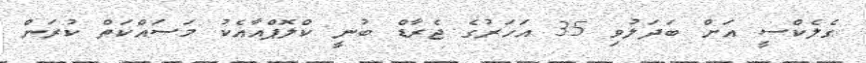
ގެލެކްސީ އަށް ބަދަލުވި 35 އަހަރުގެ ޖެރާޑް ބުނީ ކްލޮޕްއާއެކު މަސައްކަތް ކުރަން